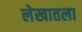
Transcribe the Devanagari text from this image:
लेखातला